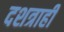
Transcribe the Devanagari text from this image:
दशत्राही